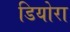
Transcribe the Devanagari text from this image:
डियोरा